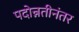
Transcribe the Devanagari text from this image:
पदोन्नतीनंतर